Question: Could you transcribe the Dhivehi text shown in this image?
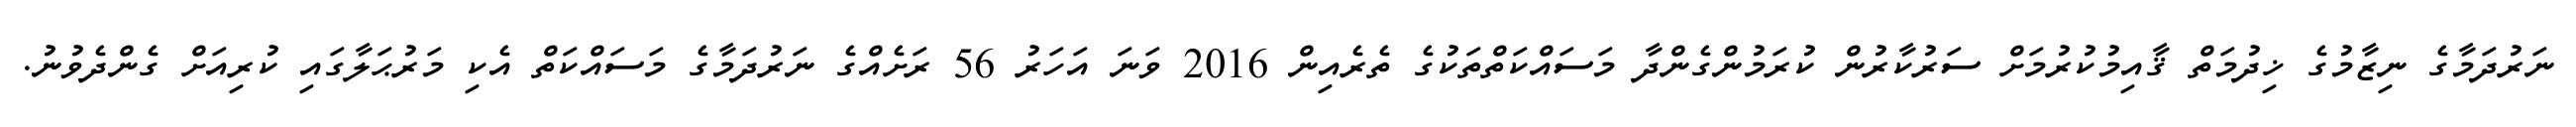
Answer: ނަރުދަމާގެ ނިޒާމުގެ ޚިދުމަތް ޤާއިމުކުރުމަށް ސަރުކާރުން ކުރަމުންގެންދާ މަސައްކަތްތަކުގެ ތެރެއިން 2016 ވަނަ އަހަރު 56 ރަށެއްގެ ނަރުދަމާގެ މަސައްކަތް އެކި މަރުޙަލާގައި ކުރިއަށް ގެންދެވުނު.